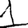
Digit: 1